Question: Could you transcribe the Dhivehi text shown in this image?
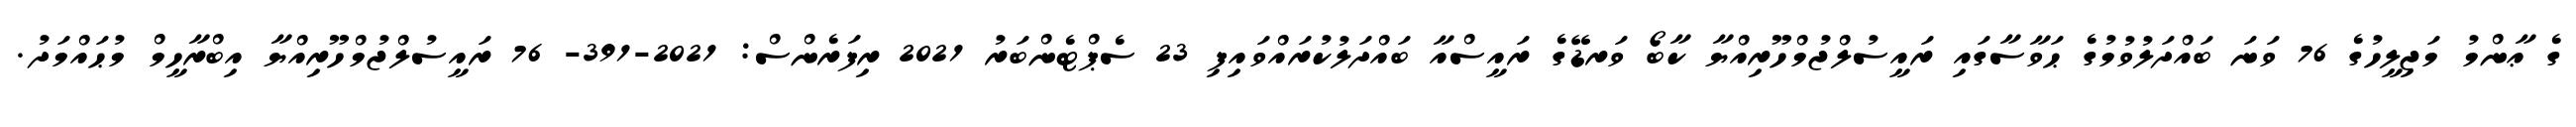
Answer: ގެ ޢާންމު މަޖިލީހުގެ 76 ވަނަ ބައްދަލުވުމުގެ ޙަވާސާގައި ރައީސުލްޖުމްހޫރިއްޔާ ކާބޯ ވަރޑޭގެ ރައީސްއާ ބައްދަލުކުރައްވައިފި 23 ސެޕްޓެންބަރު 2021 ރިފަރެންސް: 2021-391- 76 ރައީސުލްޖުމްހޫރިއްޔާ އިބްރާހީމް މުޙައްމަދު.